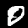
Digit: 0